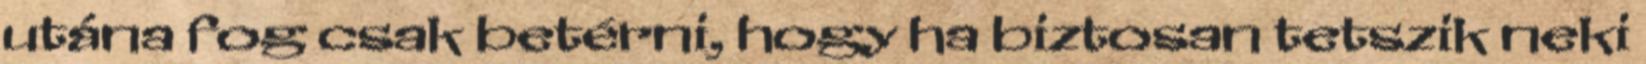
utána fog csak betérni, hogy ha biztosan tetszik neki